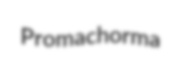
Promachorma